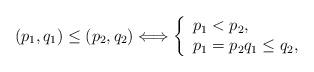
LaTeX: \begin{align*}(p_1, q_1)\leq (p_2, q_2)\Longleftrightarrow\left\{\begin{array}{l}p_1<p_2, \\p_1=p_2 q_1\leq q_2, \end{array}\right.\end{align*}